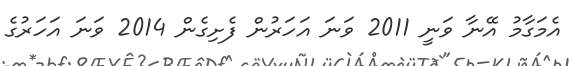
އެމަގާމު އޭނާ ވަނީ 2011 ވަނަ އަހަރުން ފެށިގެން 2014 ވަނަ އަހަރުގެ